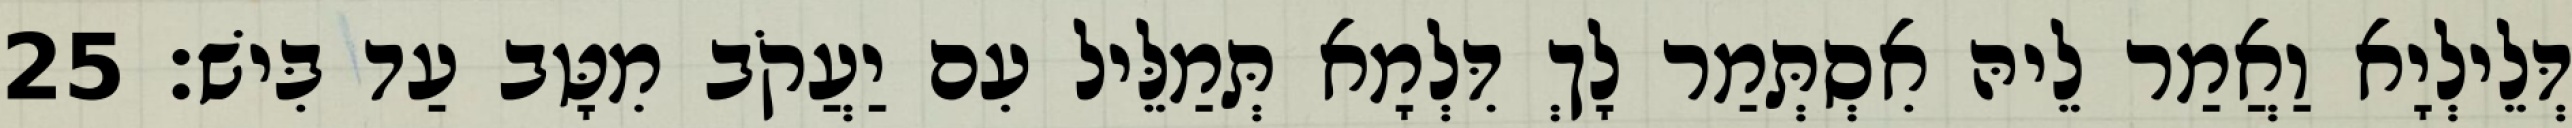
דְּלֵילְיָא וַאֲמַר לֵיהּ אִסְתְּמַר לָךְ דִּלְמָא תְּמַלֵּיל עִם יַעֲקֹב מִטָּב עַד בִּישׁ׃ 25